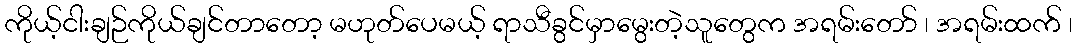
ကိုယ့်ငါးချဉ်ကိုယ်ချင်တာတော့ မဟုတ်ပေမယ့် ရာသီခွင်မှာမွေးတဲ့သူတွေက အရမ်းတော် ၊ အရမ်းထက် ၊